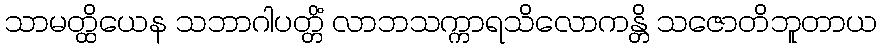
သာမတ္ထိယေန သဘာဂါပတ္တိံ လာဘသက္ကာရသိလောကန္တိ သဇောတိဘူတာယ